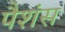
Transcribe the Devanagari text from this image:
पैशंस